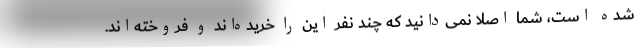
شده است، شما اصلا نمی‌دانید که چند نفر این را خریده‌اند و فروخته‌اند.